Vaccination in Burma 1889-1999 - 1889-1999
Year: 1889
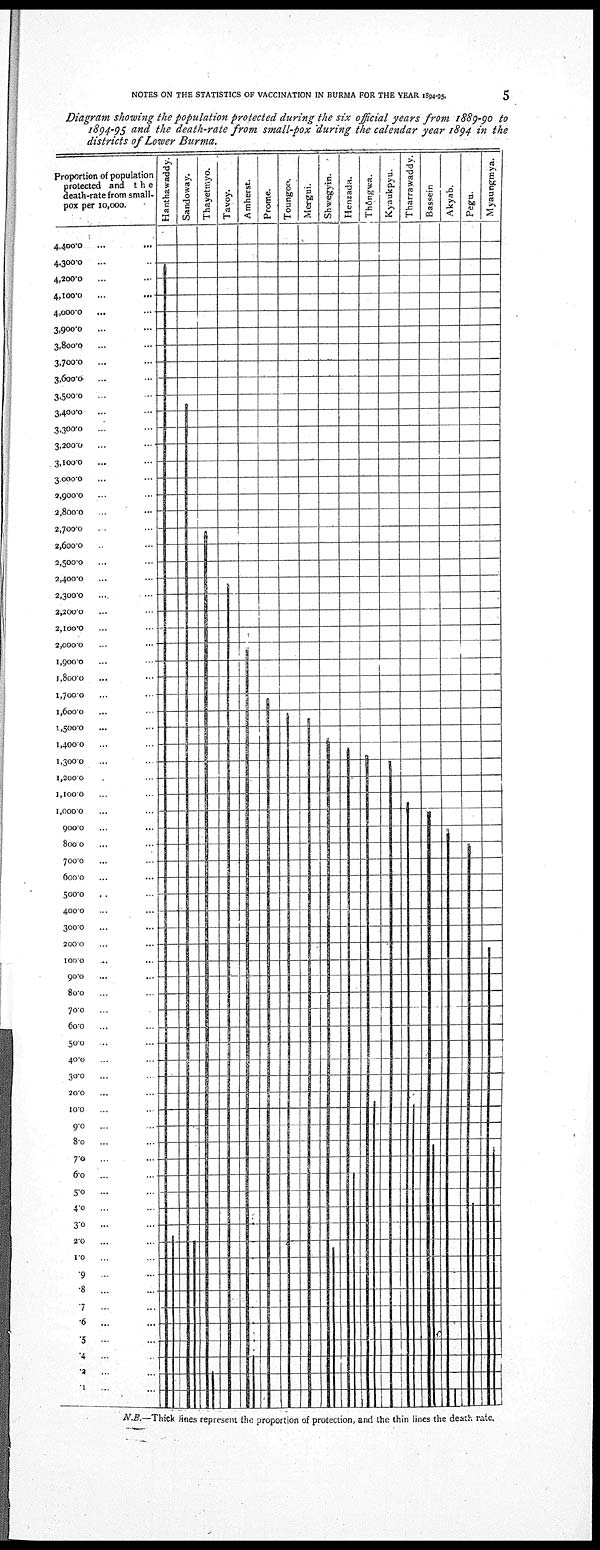
NOTES ON THE STATISTICS OF VACCINATION IN BURMA FOR THE YEAR 1894-95.
5
Diagram showing the population protected during the six official years from 1889-90 to
l894-95 and the death-rate from small-pox during the calendar year 1894 in the
districts of Lower Burma.
N.B.—Thick lines represent the proportion of protection, and the thin lines the death rate.